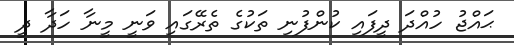
ޙަައްޖު ހުއްދަ ދީފައި ކުންފުނި ތަކުގެ ތެރޭގައި ވަނީ މީނާ ހަދާ ދީ